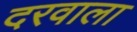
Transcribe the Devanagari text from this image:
दरवाला